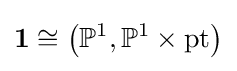
\mathbf {1} \cong \left(\mathbb {P} ^{1},\mathbb {P} ^{1}\times \operatorname {pt} \right)